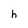
Character: h